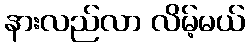
နားလည်လာ လိမ့်မယ်